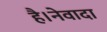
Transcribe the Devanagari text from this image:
है।नेवादा